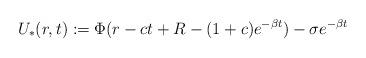
LaTeX: \begin{align*}U_*(r,t):=\Phi(r-ct+R-(1+c)e^{-\beta t})-\sigma e^{-\beta t}\end{align*}